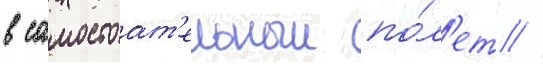
в самостоат'ельныи по́л'ет //